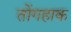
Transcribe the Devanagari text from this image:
तोंगहाक